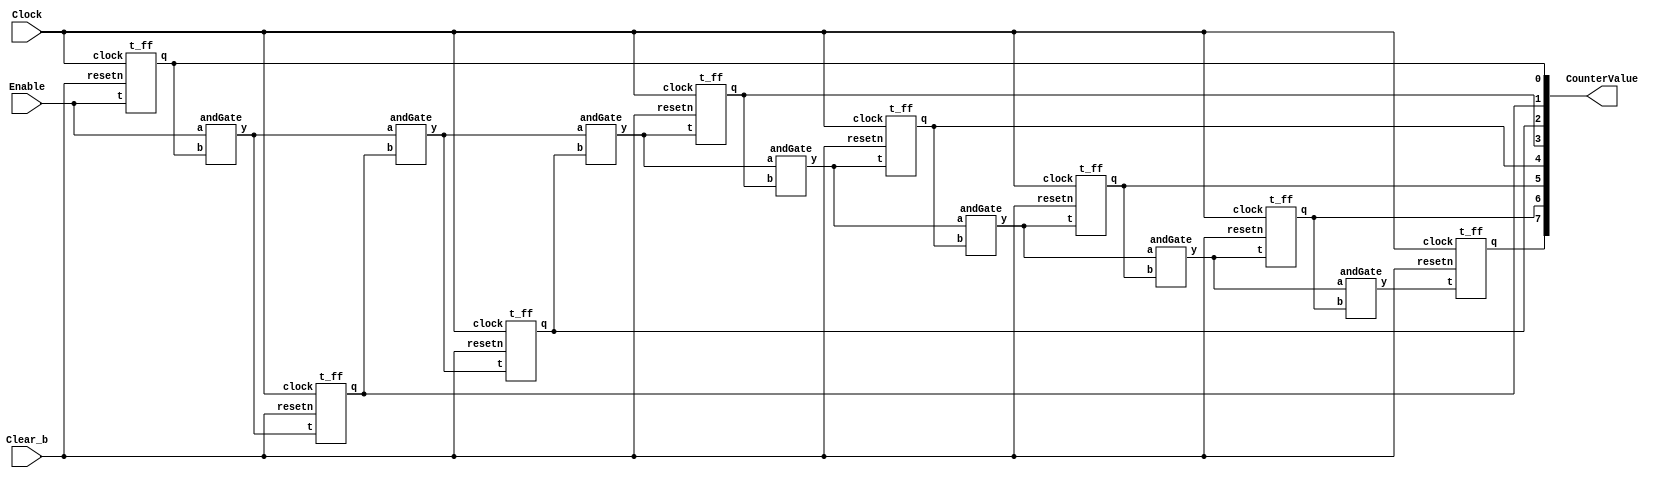
//module part1 of 8 bits counter
module part1(Clock, Enable, Clear_b, CounterValue);
		input Clock, Enable, Clear_b;
		output [7:0] CounterValue;
		wire [7:0] c1, c2;
		
		t_ff f1(Clock, Clear_b, Enable, c1[0]);
		andGate a1(c2[0], Enable, c1[0]);
		t_ff f2(Clock, Clear_b, c2[0], c1[1]);
		andGate a2(c2[1], c2[0], c1[1]);
		t_ff f3(Clock, Clear_b, c2[1], c1[2]);
		andGate a3(c2[2], c2[1], c1[2]);
		t_ff f4(Clock, Clear_b, c2[2], c1[3]);
		andGate a4(c2[3], c2[2], c1[3]);
		t_ff f5(Clock, Clear_b, c2[3], c1[4]);
		andGate a5(c2[4], c2[3], c1[4]);
		t_ff f6(Clock, Clear_b, c2[4], c1[5]);
		andGate a6(c2[5], c2[4], c1[5]);
		t_ff f7(Clock, Clear_b, c2[5], c1[6]);
		andGate a7(c2[6], c2[5], c1[6]);
		t_ff f8(Clock, Clear_b, c2[6], c1[7]);
		
		assign CounterValue = c1[7:0];
endmodule
		

//module for t type flip flop
module t_ff(clock, resetn, t, q);  //resetn for active-low reset
		input clock, resetn, t;
		output reg q;
		
		always@(posedge clock)
			begin
				if(!resetn)
					q <= 0;
				else
					if(t)
						q <= !q;
					else
						q <= q;
			end
endmodule


//module for the AND gate in between
module andGate(y, a, b);
		input a, b;
		output y;
		assign y = a & b;
endmodule